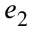
e _ { 2 }